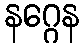
နဂ္ဂေန